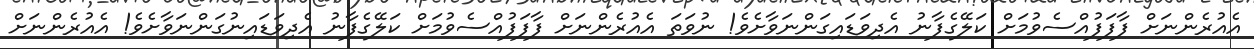
އެއުރެންނަށް ފާފަފުއްސެވުމަށް ކަލޭގެފާނު އެދިވަޑައިގަންނަވާށެވެ! ނުވަތަ އެއުރެންނަށް ފާފަފުއްސެވުމަށް ކަލޭގެފާނު އެދިވަޑައިނުގަންނަވާށެވެ! އެއުރެންނަށް